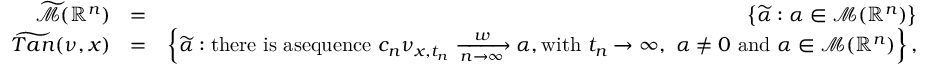
\begin{array} { r l r } { \widetilde { \mathcal { M } } ( \mathbb { R } ^ { n } ) } & { = } & { \left\{ \widetilde { \alpha } : \alpha \in \mathcal { M ( } \mathbb { R } ^ { n } ) \right\} } \\ { \widetilde { T a n } ( \nu , x ) } & { = } & { \left\{ \widetilde { \alpha } : \mathrm { t h e r e ~ i s ~ a s e q u e n c e ~ } c _ { n } \nu _ { x , t _ { n } } \xrightarrow [ n \to \infty ] { w } \alpha , \mathrm { w i t h ~ } t _ { n } \rightarrow \infty , \mathrm { ~ } \alpha \neq 0 \mathrm { ~ a n d ~ } \alpha \in \mathcal { M ( } \mathbb { R } ^ { n } ) \right\} , } \end{array}